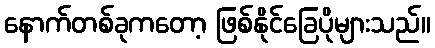
နောက်တစ်ခုကတော့ ဖြစ်နိုင်ခြေပိုများသည်။